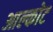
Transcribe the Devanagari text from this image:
आल्कोट